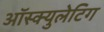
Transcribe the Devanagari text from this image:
ऑस्क्युलेटिग